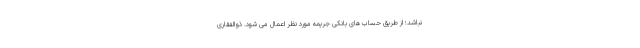
نباشد؛ از طریق حساب های بانکی جریمه مورد نظر اعمال می شود. ذوالفقاری